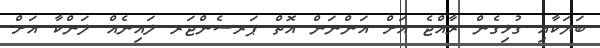
ބަޔަކާއި ގުޅިގެން ރާއްޖެ އަށް އަންނަން އޮތް ޕަރސެންޖަރ ލައިނެއް ލަންކާ އަށް